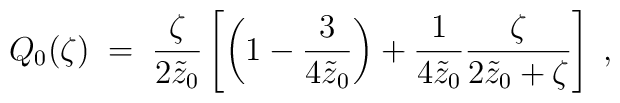
Q_0(\zeta)\;=\; {\zeta\over 2\tilde{z}_0}\left[ \left(1-{3\over 4\tilde{z}_0}\right)+{1\over 4\tilde{z}_0}{\zeta\over 2\tilde{z}_0+\zeta}\right]\;,